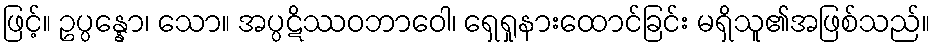
ဖြင့်။ ဥပ္ပန္နော၊ သော။ အပ္ပဋိဿဝဘာဝေါ၊ ရှေရှုနားထောင်ခြင်း မရှိသူ၏အဖြစ်သည်။